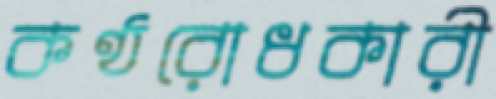
কণ্ঠরোধকারী